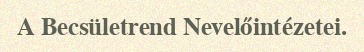
A Becsületrend Nevelőintézetei.